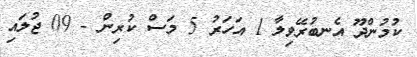
ކުމުންދޫ އެނބުރޭވިލާ 1 އަހަރު 5 މަސް ކުރިން - 09 ޖުލައި